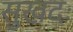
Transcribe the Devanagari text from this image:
सुखदः